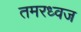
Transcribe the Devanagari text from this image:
तमरध्वज